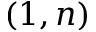
( 1 , n )